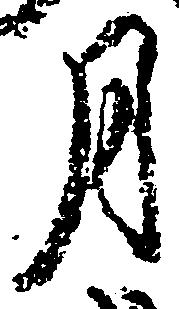
月